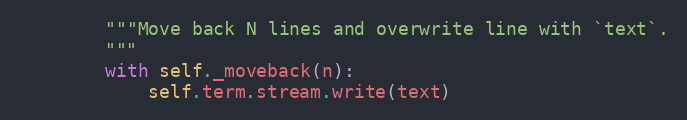
Language: Python
        """Move back N lines and overwrite line with `text`.
        """
        with self._moveback(n):
            self.term.stream.write(text)